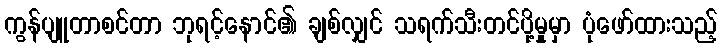
ကွန်ပျူတာစင်တာ ဘုရင့်နောင်၏ ချစ်လျှင် သရက်သီးတင်ပို့မှုမှာ ပုံဖော်ထားသည့်